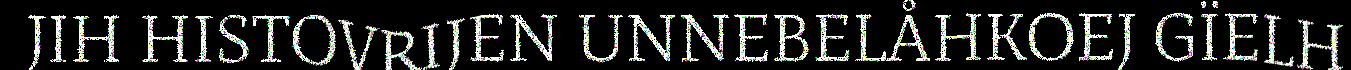
JIH HISTOVRIJEN UNNEBELÅHKOEJ GÏELH